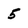
Character: 5